Leaving Certificate, 1900
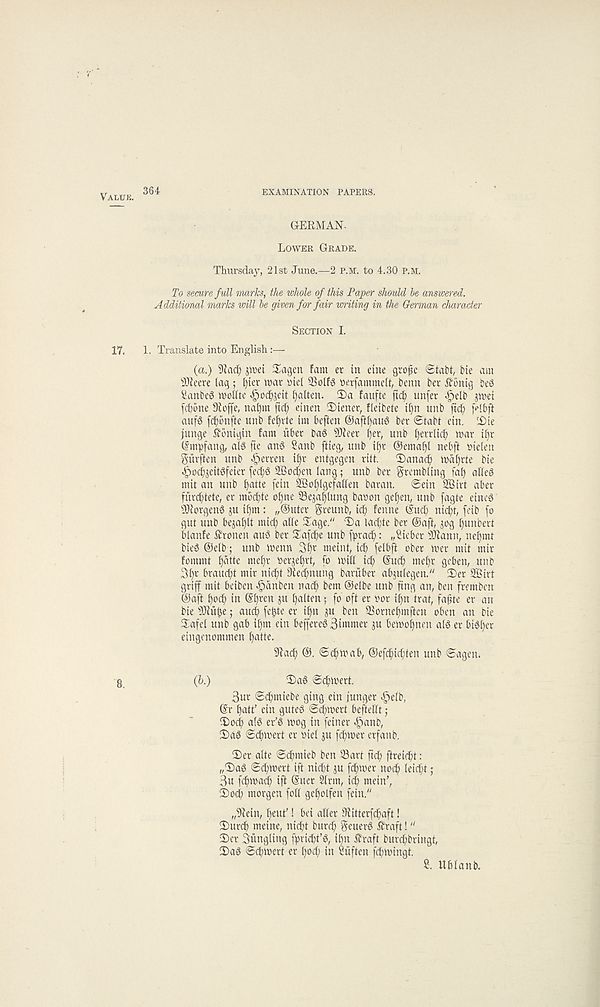
VALUE.
364
EXAMINATION PAPERS.
GERMAN-
LOWER GRADE.
Thursday, 21st June.—2 P.M. to 4.30 P.M.
To secure full marks, the whole of this Paper should be answered.
Additional marks will be given for fair writing in the German character
SECTION I.
17.
1. Translate into English :—
(a.) 9iacl) shxi $agen fam er in eine grofc ©tabt, bte am
s 3Jieere lag ; l)ter mat »tel 33olfg tserfammelt, benn bet £onig beS
SanbeS mollte «§o^eit tjalten. 3)a faufte fic^ unfet ^elb jmei
fd)one Dioffe, nal)m ftd? etnen 2)tener, fletbete i()n unb ftc^) (rlbft
aitf§ fc^bnfite unb fef)rte tm beften @aftf)aud bet 0tabt ein. ( i)te
junge Sbbmgin fam iibet bag s )3?eet (jet, unb f)errltc^ mat il)t
(Smpfang, alg fie an6 Sanb ftieg, unb tl)t @emal)l nebff Dieleu
giirften unb ^erten i^t entgegen ritt. T)anac^ maf)tte bte
^od^jeitgfetet (ec^g SBocften lang; unb bet trembling fal) alleg
mit an unb f)atte fetn 28ol)lgefalien batan. @ein 28irt abet
futc^lete, er mbc^te ol)ne Sejafjltmg barton gef)en, unb fagte eineg
Jftorgeng ju tl)m : „@utet greunb, ic^ fenne iSuc^ ntcftl, fetb fo
gut unb be^al)!! mid) alle ^age." T)a lacfite bet @aft, ^og l)unbert
blanfe kronen aug bet Uafc^e unb frrad): ,,2iebet s lJtann, nel)mt
bieg @elb; unb menu 3^t meint, ic^ felbft ober met mit mit
fommt l)atte mef)t oerje()tt, (o mill it^t @ud^ mel)t geben, unb
3f)t brau^)t mir nic^t 9led;nung batubet abjulegen." 2)et 2Birt
griff mit beiben ^tdnben nai^ bem ®elbe unb ftng an, ben fremben
@aft fyod) in @§ten ju fjalten: fo oft et oot iffn'trat, fa^te er an
bie s 3Jiuf$e; aucf) fe^te er iffn ju ben SSorneljmftcn oben an bie
Safe! unb gab if)m ein beffereg Simmer ju bemofjnen atg er bigf)er
eingenommen ^atte.
9iac^ ®. ©c^mab, ®efc^i(|ten unb ©agen.
8,
(b.)
2)ag ©c^mert.
3ut ©c^miebe ging ein junget ^>elb,
@r tjatt’ ein guteg ©cftmert beftellt;
^Docf) alg er’g mog in feiner <§anb,
2)ag ©t^mert er oiel ju fdjimet erfanb.
2)er alte ©d^mieb ben 33art ftcft ftreirftt :
„T)ag ©c^mert ift nidd ju former nodft leic^t;
3u fcftma^ ift ®uer 2(rm, i($ mein’,
2)ocf> morgen foil gef)olfen fein."
„%ein, ffeut’! bei aller ?)iitterfd;aft!
Surc^ meine, nid)t burcft geuerg £raft! “
2)er Siingling fpricbt’g, i§n ifraft burcftbringt,
2)ag ©dftmert er Ifod) in ?iiften fc^mingt.
2. Ufelanfc,